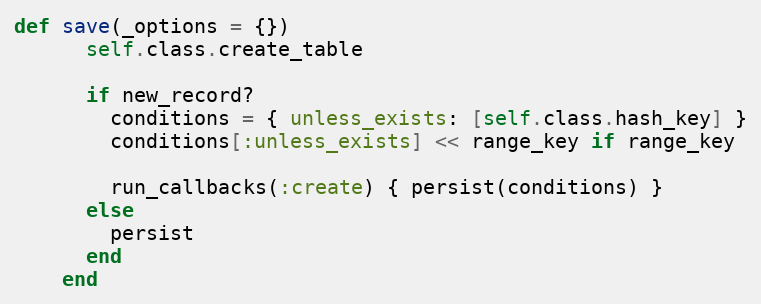
Language: Ruby
def save(_options = {})
      self.class.create_table

      if new_record?
        conditions = { unless_exists: [self.class.hash_key] }
        conditions[:unless_exists] << range_key if range_key

        run_callbacks(:create) { persist(conditions) }
      else
        persist
      end
    end